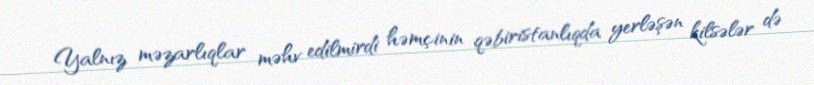
Yalnız məzarlıqlar məhv edilmirdi həmçinin qəbiristanlıqda yerləşən kilsələr də